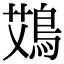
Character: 鴱